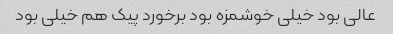
عالی بود خیلی خوشمزه بود برخورد پیک هم خیلی بود